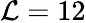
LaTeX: \mathcal{L}=12